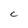
Character: C